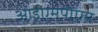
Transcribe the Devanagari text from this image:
आईएमपीएम